Lyperosia minuta, Bezzi - Number 59
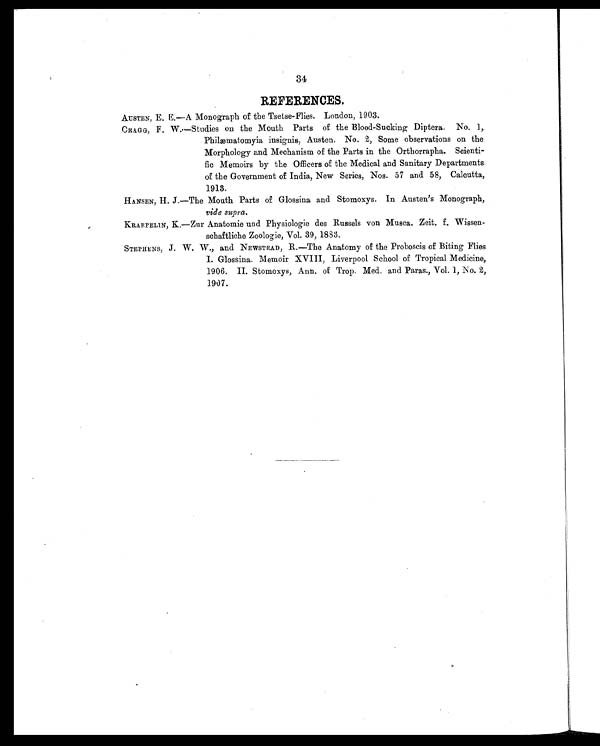
34
REFERENCES.
AUSTEN, E. E.—A Monograph of the Tsetse-Flies. London, 1903.
CRAGG, F. W.—Studies on the Mouth Parts of the Blood-Sucking Diptera. No. 1,.
Philæmatomyia insignis, Austen. No. 2, Some observations on the
Morphology and Mechanism of the Parts in the Orthorrapha. Scienti-
fic Memoirs by the Officers of the Medical and Sanitary Departments
of the Government of India, New Series, Nos. 57 and 58, Calcutta,
1913.
HANSEN, H. J.—The Mouth Parts of Glossina and Stomoxys. In Austen's Monograph,
vide supra.
KRAEPELIN, K—Zur Anatomie and Physiologie des Russels von Musca. Zeit. f. Wissen-
schaftliche Zoologie, Vol. 39, 1883.
STEPHENS, J. W. W., and NEWSTEAD, R.—The Anatomy of the Proboscis of Biting Flies
I. Glossina. Memoir XVIII, Liverpool School of Tropical Medicine,
1906. II. Stomoxys, Ann. of Trop. Med. and Paras., Vol. 1, No. 2,
1907.